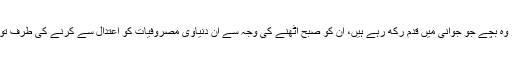
خاص طور پر وہ بچے جو جوانی میں قدم رکھ رہے ہیں، اُن کو صبح اُٹھنے کی وجہ سے ان دنیاوی مصروفیات کو اعتدال سے کرنے کی طرف توجہ پیدا ہو گی۔